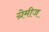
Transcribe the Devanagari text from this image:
ग्रेमीज